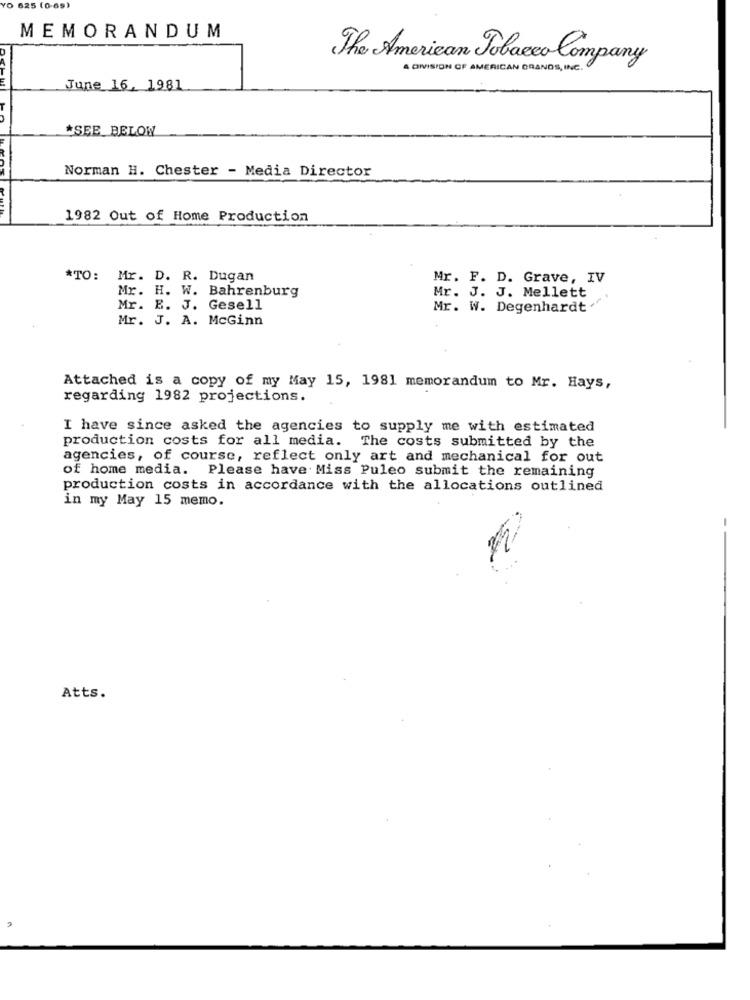
YO 625 (0-69)
MEMORANDUM
The American Tobacco Company
A DIVISION OF AMERICAN GRANDS, INC.
June 16, 1981
*SEE BELOW
Norman H. Chester - Media Director
1982 Out of Home Production
*TO: Mr. D. R. Dugan
Mr. F. D. Grave, IV
Mr. H. W. Bahrenburg
Mr. J. J. Mellett
Mr. E. J. Gesell
Mr. W. Degenhardt ."
Mr. J. A. McGinn
Attached is a copy of my May 15, 1981 memorandum to Mr. Hays,
regarding 1982 projections.
I have since asked the agencies to supply me with estimated
production costs for all media. The costs submitted by the
agencies, of course, reflect only art and mechanical for out
of home media. Please have Miss Puleo submit the remaining
production costs in accordance with the allocations outlined
in my May 15 memo.
-
Atts.